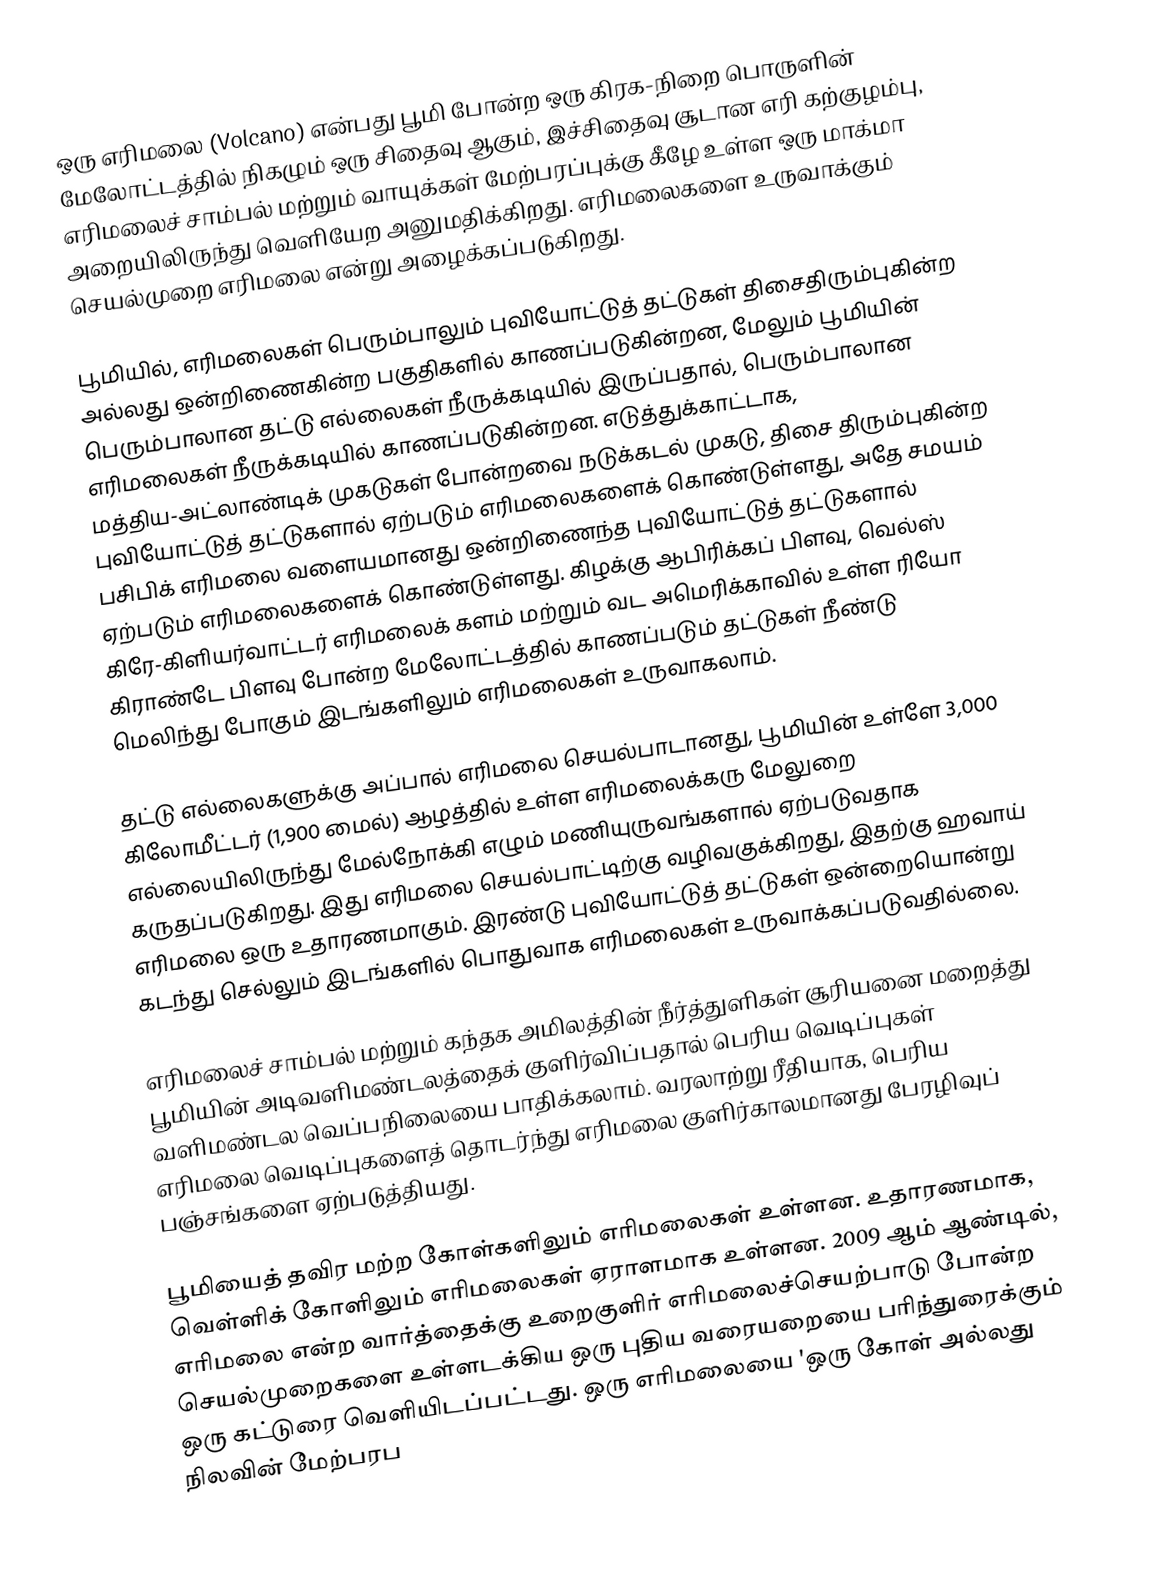
ஒரு எரிமலை (Volcano) என்பது பூமி போன்ற ஒரு கிரக-நிறை பொருளின் மேலோட்டத்தில் நிகழும் ஒரு சிதைவு ஆகும், இச்சிதைவு சூடான எரி கற்குழம்பு, எரிமலைச் சாம்பல் மற்றும் வாயுக்கள் மேற்பரப்புக்கு கீழே உள்ள ஒரு மாக்மா அறையிலிருந்து வெளியேற அனுமதிக்கிறது. எரிமலைகளை உருவாக்கும் செயல்முறை எரிமலை என்று அழைக்கப்படுகிறது.

பூமியில், எரிமலைகள் பெரும்பாலும் புவியோட்டுத் தட்டுகள் திசைதிரும்புகின்ற அல்லது ஒன்றிணைகின்ற பகுதிகளில் காணப்படுகின்றன, மேலும் பூமியின் பெரும்பாலான தட்டு எல்லைகள் நீருக்கடியில் இருப்பதால், பெரும்பாலான எரிமலைகள் நீருக்கடியில் காணப்படுகின்றன. எடுத்துக்காட்டாக, மத்திய-அட்லாண்டிக் முகடுகள் போன்றவை நடுக்கடல் முகடு, திசை திரும்புகின்ற புவியோட்டுத் தட்டுகளால் ஏற்படும் எரிமலைகளைக் கொண்டுள்ளது, அதே சமயம் பசிபிக் எரிமலை வளையமானது ஒன்றிணைந்த புவியோட்டுத் தட்டுகளால் ஏற்படும் எரிமலைகளைக் கொண்டுள்ளது. கிழக்கு ஆபிரிக்கப் பிளவு, வெல்ஸ் கிரே-கிளியர்வாட்டர் எரிமலைக் களம் மற்றும் வட அமெரிக்காவில் உள்ள ரியோ கிராண்டே பிளவு போன்ற மேலோட்டத்தில் காணப்படும் தட்டுகள் நீண்டு மெலிந்து போகும் இடங்களிலும் எரிமலைகள் உருவாகலாம்.

தட்டு எல்லைகளுக்கு அப்பால் எரிமலை செயல்பாடானது, பூமியின் உள்ளே 3,000 கிலோமீட்டர் (1,900 மைல்) ஆழத்தில் உள்ள எரிமலைக்கரு மேலுறை எல்லையிலிருந்து மேல்நோக்கி எழும் மணியுருவங்களால் ஏற்படுவதாக கருதப்படுகிறது. இது  எரிமலை செயல்பாட்டிற்கு வழிவகுக்கிறது, இதற்கு ஹவாய் எரிமலை ஒரு உதாரணமாகும். இரண்டு புவியோட்டுத் தட்டுகள் ஒன்றையொன்று கடந்து செல்லும் இடங்களில் பொதுவாக எரிமலைகள் உருவாக்கப்படுவதில்லை.

எரிமலைச் சாம்பல் மற்றும் கந்தக அமிலத்தின் நீர்த்துளிகள் சூரியனை மறைத்து பூமியின் அடிவளிமண்டலத்தைக் குளிர்விப்பதால் பெரிய வெடிப்புகள் வளிமண்டல வெப்பநிலையை பாதிக்கலாம். வரலாற்று ரீதியாக, பெரிய எரிமலை வெடிப்புகளைத் தொடர்ந்து எரிமலை குளிர்காலமானது பேரழிவுப் பஞ்சங்களை ஏற்படுத்தியது.

பூமியைத் தவிர மற்ற கோள்களிலும் எரிமலைகள் உள்ளன. உதாரணமாக, வெள்ளிக் கோளிலும் எரிமலைகள் ஏராளமாக உள்ளன.  2009 ஆம் ஆண்டில், எரிமலை என்ற வார்த்தைக்கு உறைகுளிர் எரிமலைச்செயற்பாடு போன்ற செயல்முறைகளை உள்ளடக்கிய  ஒரு புதிய வரையறையை பரிந்துரைக்கும் ஒரு கட்டுரை வெளியிடப்பட்டது. ஒரு எரிமலையை 'ஒரு கோள் அல்லது நிலவின் மேற்பரப